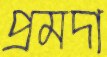
প্রমদা